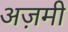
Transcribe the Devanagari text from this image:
अज़मी